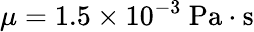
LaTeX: \mu=1.5\times 10^{-3}~\mathrm{Pa\cdot s}